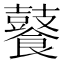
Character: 𮩑